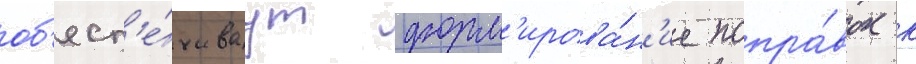
об'есп'е́чиваут форм'ирова́н'ие попра́вок к